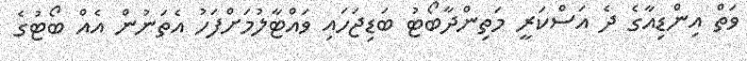
ވަތް އިންޑިއާގެ ދެ އަސްކަރީ މަތިންދާބޯޓު ބަޑިޖަހައި ވައްޓާލުމަށްފަހު އެތަނުން އެއް ބޯޓުގެ